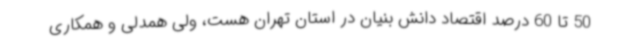
50 تا 60 درصد اقتصاد دانش بنیان در استان تهران هست، ولی همدلی و همکاری